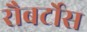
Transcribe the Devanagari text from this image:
रौबर्टोस